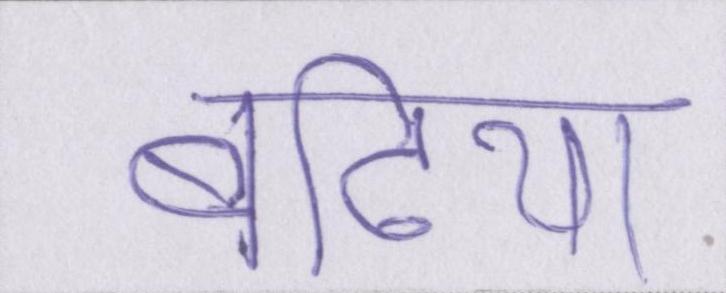
बढि़या